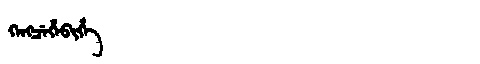
Manchu: ᡴᡝᠩᠴᡝᡥᡝᠪᡳᡥᡝ
Romanization: KENGCEHEBIHE